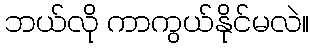
ဘယ်လို ကာကွယ်နိုင်မလဲ။